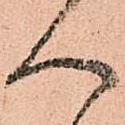
へ